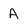
Character: A